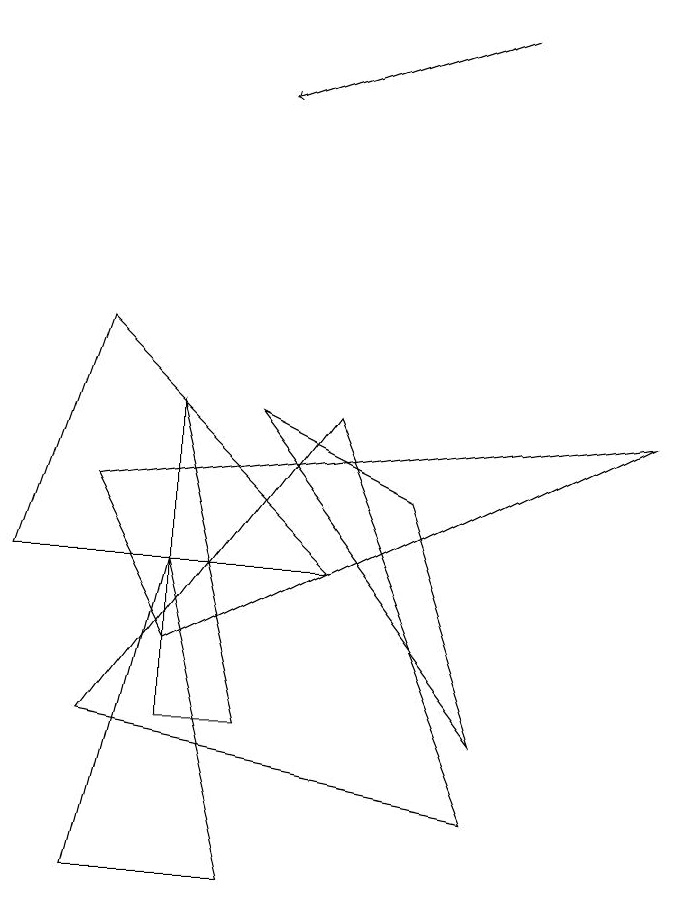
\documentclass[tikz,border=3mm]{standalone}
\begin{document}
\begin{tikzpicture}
\draw (1,5) -- (2,8) -- (5,5) -- cycle;
\draw (4,3) -- (3,3) -- (3,7) -- cycle;
\draw (7,2) -- (5,7) -- (2,3) -- cycle;
\draw (3,5) -- (4,1) -- (2,1) -- cycle;
\draw (2,6) -- (3,4) -- (9,7) -- cycle;
\draw[->] (7,12) -- (4,11);
\draw (4,7) -- (6,6) -- (7,3) -- cycle;
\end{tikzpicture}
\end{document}